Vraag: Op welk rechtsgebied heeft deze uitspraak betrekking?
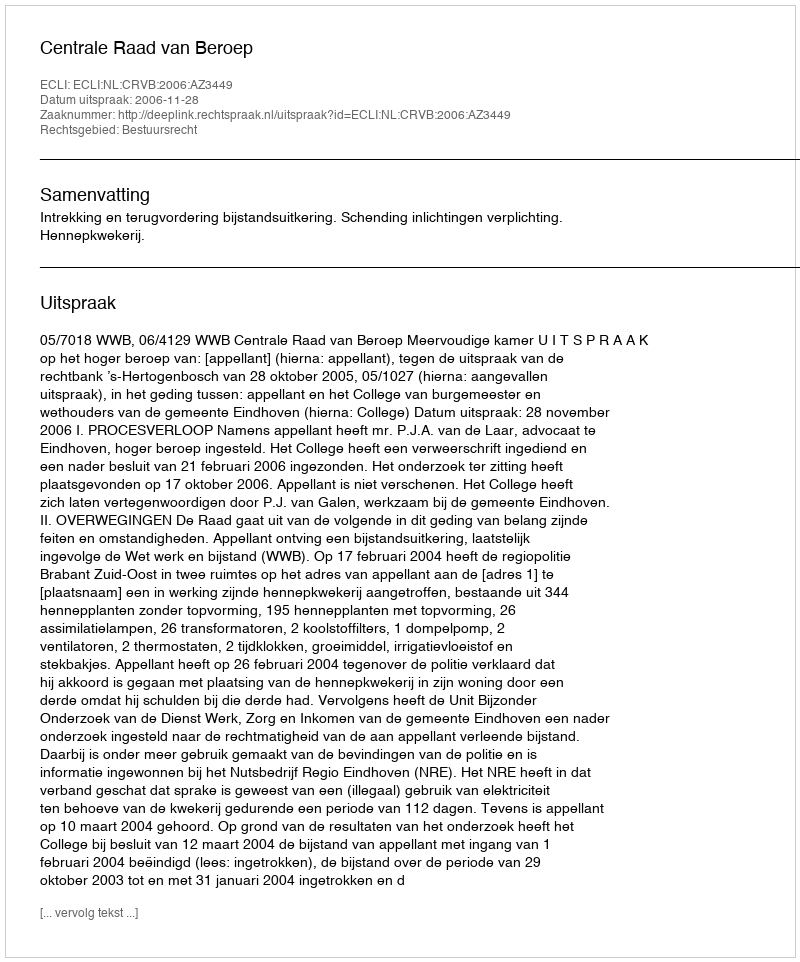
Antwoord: Bestuursrecht